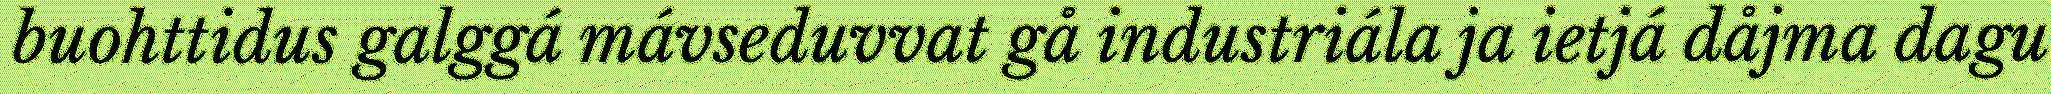
buohttidus galggá mávseduvvat gå industriála ja ietjá dåjma dagu